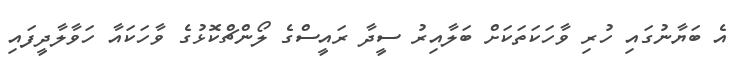
އެ ބަޔާނުގައި ހުރި ވާހަކަތަކަށް ބަލާއިރު ސީދާ ރައީސްގެ ލޯންޗްކޮޅުގެ ވާހަކައާ ހަވާލާދީފައި